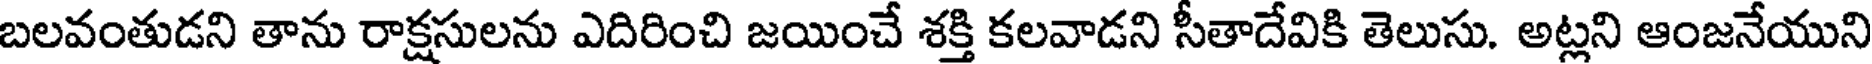
బలవంతుడని తాను రాక్షసులను ఎదిరించి జయించే శక్తి కలవాడని సీతాదేవికి తెలుసు. అట్లని ఆంజనేయుని